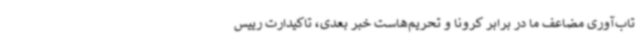
تاب‌آوری مضاعف ما در برابر کرونا و تحریم‌هاست خبر بعدی، تاکیدارت رییس